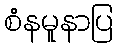
စံနမူနာပြ